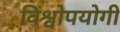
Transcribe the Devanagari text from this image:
विश्वोपयोगी